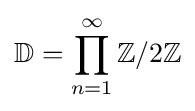
\mathbb {D} =\prod _{n=1}^{\infty }\mathbb {Z} /2\mathbb {Z}